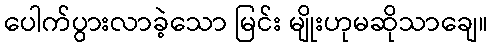
ပေါက်ပွားလာခဲ့သော မြင်း မျိုးဟုမဆိုသာချေ။